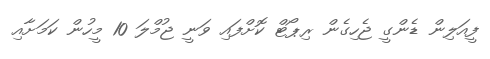
ފީއަލިން ޑެންގީ ޖެހިގެން ރިޕޯޓް ކޮށްފައި ވަނީ ޖުމްލަ 10 މީހުން ކަމަށާއި